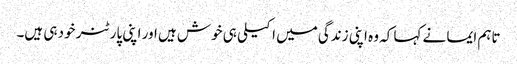
تاہم ایما نے کہا کہ وہ اپنی زندگی میں اکیلی ہی خوش ہیں اور اپنی پارٹنر خود ہی ہیں۔